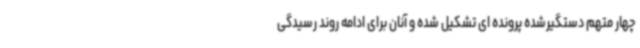
چهار متهم دستگیرشده پرونده ای تشکیل شده و آنان برای ادامه روند رسیدگی